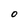
Character: O